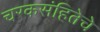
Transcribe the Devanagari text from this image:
चरकसंहितेचे